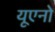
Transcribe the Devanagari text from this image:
यूएनो